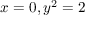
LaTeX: x = 0 , y ^ { 2 } = 2